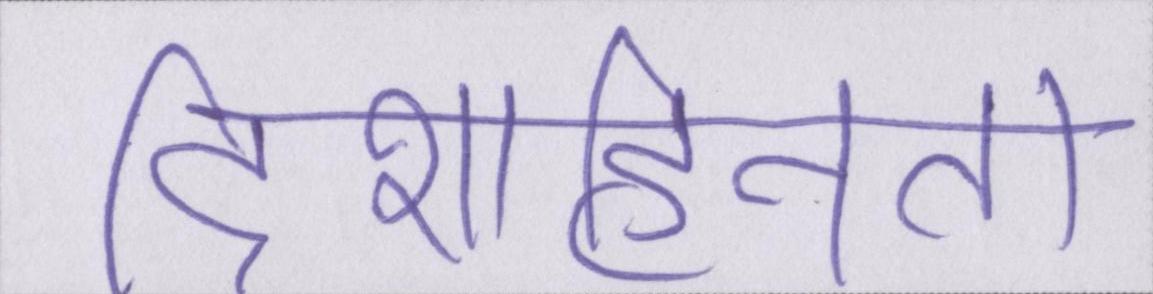
दिशाहीनता